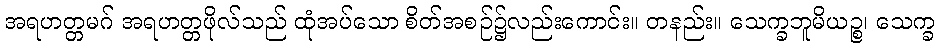
အရဟတ္တမဂ် အရဟတ္တဖိုလ်သည် ထုံအပ်သော စိတ်အစဉ်၌လည်းကောင်း။ တနည်း။ သေက္ခဘူမိယဉ္စ၊ သေက္ခ